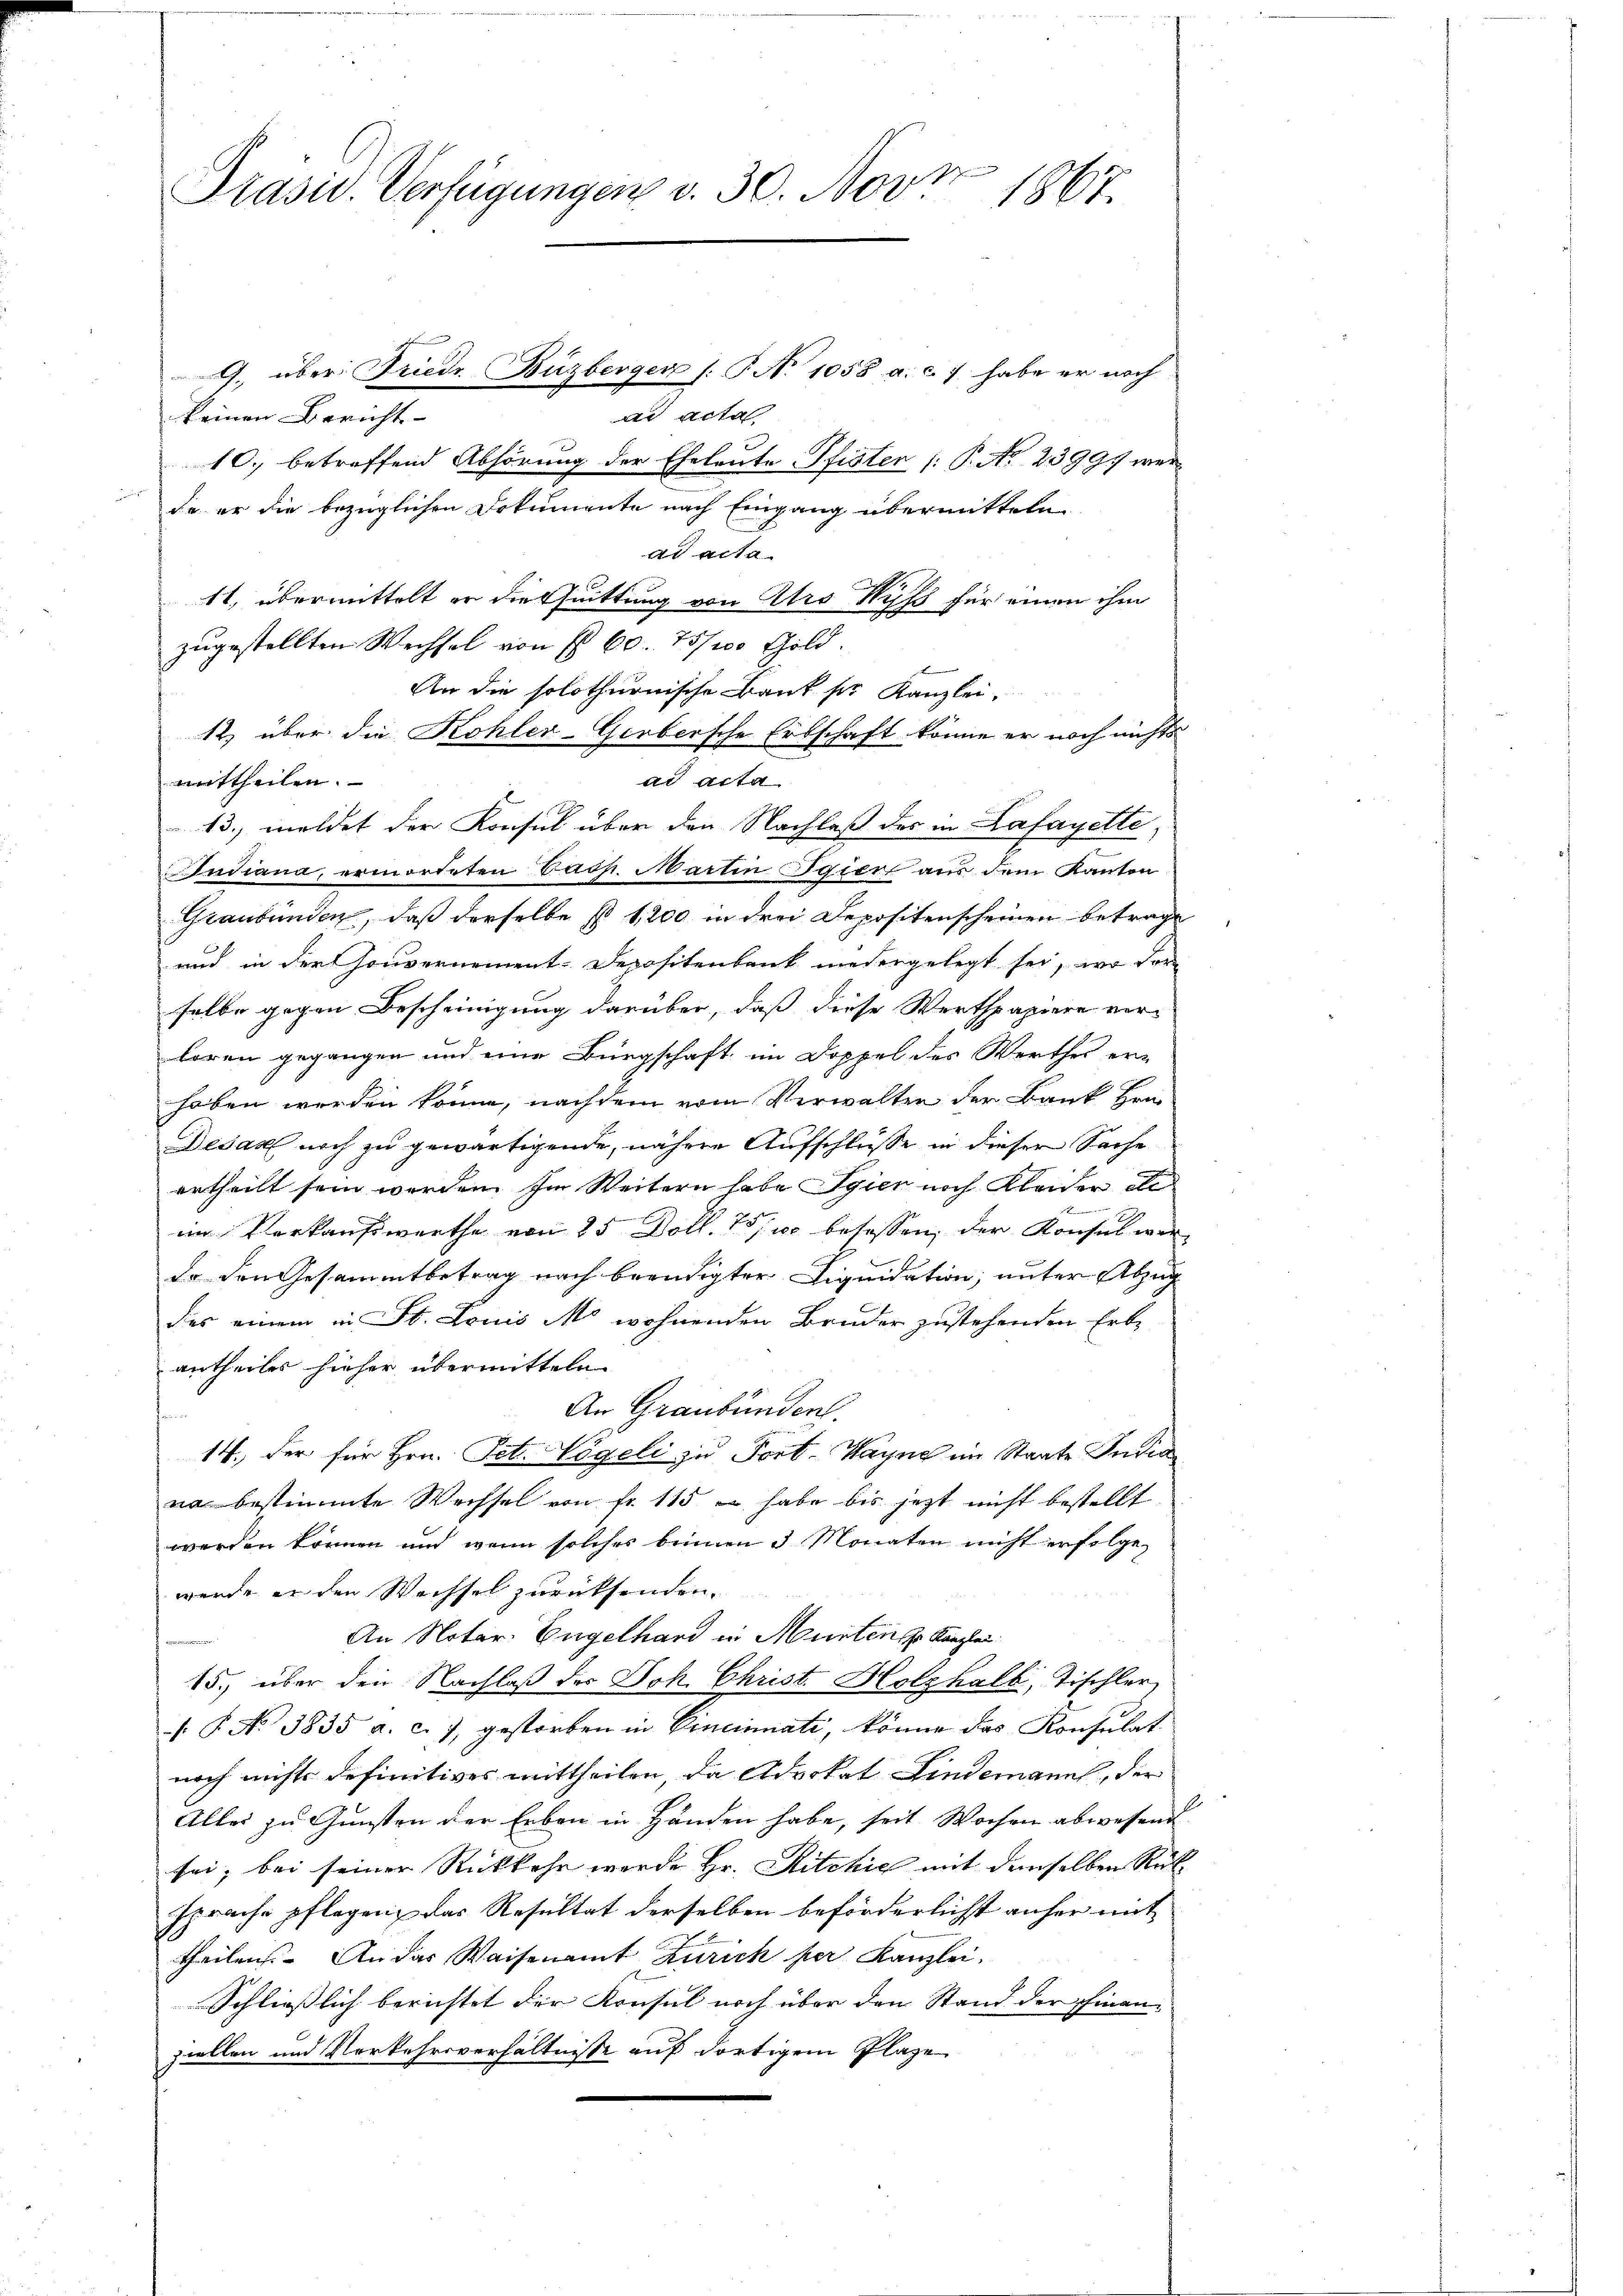
Präsid. Verfügungen v. 30. Nove
1867.

9. über Friedr Buzberger [No 1058 a. c. 7 habe er noch
ad acta
keinen Bericht- |
10., betreffend Abhörung der Eheleute Pfister (: P. Nr. 23991 werde er die bezüglichen Dokumente nach Eingang übermitteln
ad acta
tt, übermittelt er die huittung von Ars Rufs für einen ihm
zugestellten Wechsel von fl. 60. 75/100 Gold.
An die solothurnische Bank ser Kanzlei,
12. über die Kohler-Gerbersche Erbschaft könne er noch nichts
ad acta
mittheilen.
13., meldet der Konsul über den Nachlaß des in Lafayette,
Indiana, ermorteten Pasp. Martin Egier aus dem Kanton
Graubünden, daß derselbe s 1,200 in drei Depositenscheinen betrage
und in der Gouvernement-Depositenbank niedergelegt sei, wo der
selbe gegen Bescheinigung darüber, daß diese Werthpapiere verloren gegangen und eine Bürgschaft im Doppel des Werthes er-
hoben werden könne, nachdem vom Verwalten der Bank Hrn.
Desart noch zu gewärtigende, nähere Aufschlüsse in dieser Sache
ertheilt sein werden. Im Weitern habe Syier noch Kleider de
im Verkaufswerthe von 25 Doll. 10/10 besassen, der Konsul wer
dr den Gesammtbetrag nach beendigter Liquidation, unter Abzug
des einem in St. Louis Ms wohnenden Bruder zustehenden Erbe
antheiles hieher übermitteln
An Graubünden.
.
14., der für Hrn. Pet. Vögeli zu Fort-Wagne im Staate India
na bestimmte Wechsel von fr. 115 u. habe bis jetzt nicht bestellt.
werden können und wenn solches beinen 3 Monaten nicht erfolgen
wurde er den Wechsel zurücksenden.
An Notar. Engelhard in Müntenge Kanzlei
15., über den Nachlaß des Joh. Christ. Holzhalb, Tischler,
 P. No 3835 a. c. 7, gestorben in Vincinnate, könne das Konsulat
noch nichts definitives mittheilen, da Advokat Lindemanns, der
Alles zu Gunsten der Erben in Handen habe, seit Wochen abwesend
sei; bei seiner Rückkehr werde Hr. Ritchie mit demselben Rüksprache pflegen, das Resultat derselben beförderlichst anher mit
theilen. An das Waisenamt Zürich per Kanzlei,
Schliesslich berichtet der Konsul noch über den Stand der Finan-
ziellen und Verkehrsverhältnisse auf dortigem Plaze